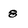
Character: 8